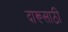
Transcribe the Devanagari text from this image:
दारूसाठी